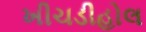
ખીચડીહોલ